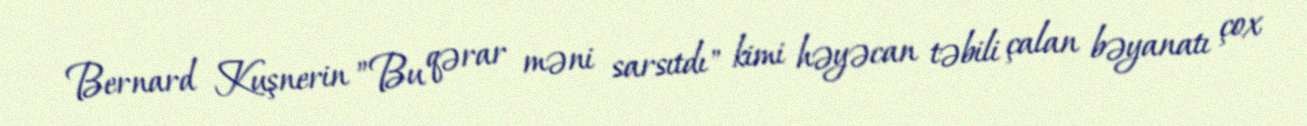
Bernard Kuşnerin ”Bu qərar məni sarsıtdı" kimi həyəcan təbili çalan bəyanatı çox